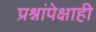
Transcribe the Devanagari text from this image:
प्रश्नांपेक्षाही